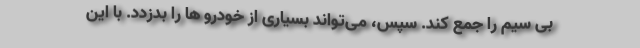
بی سیم را جمع کند. سپس، می‌تواند بسیاری از خودرو ها را بدزدد. با این